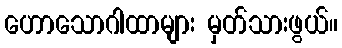
ဟောသောဂါထာများ မှတ်သားဖွယ်။